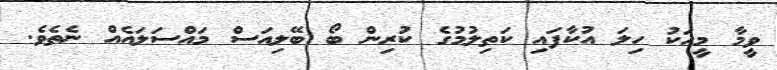
ވީމާ މީހަކު ހިލަ އުކާފައި ކަތިލުމުގެ ކުރިން ބޯ ބޭލިއަސް މައްސަލައެއް ނެތެވެ.